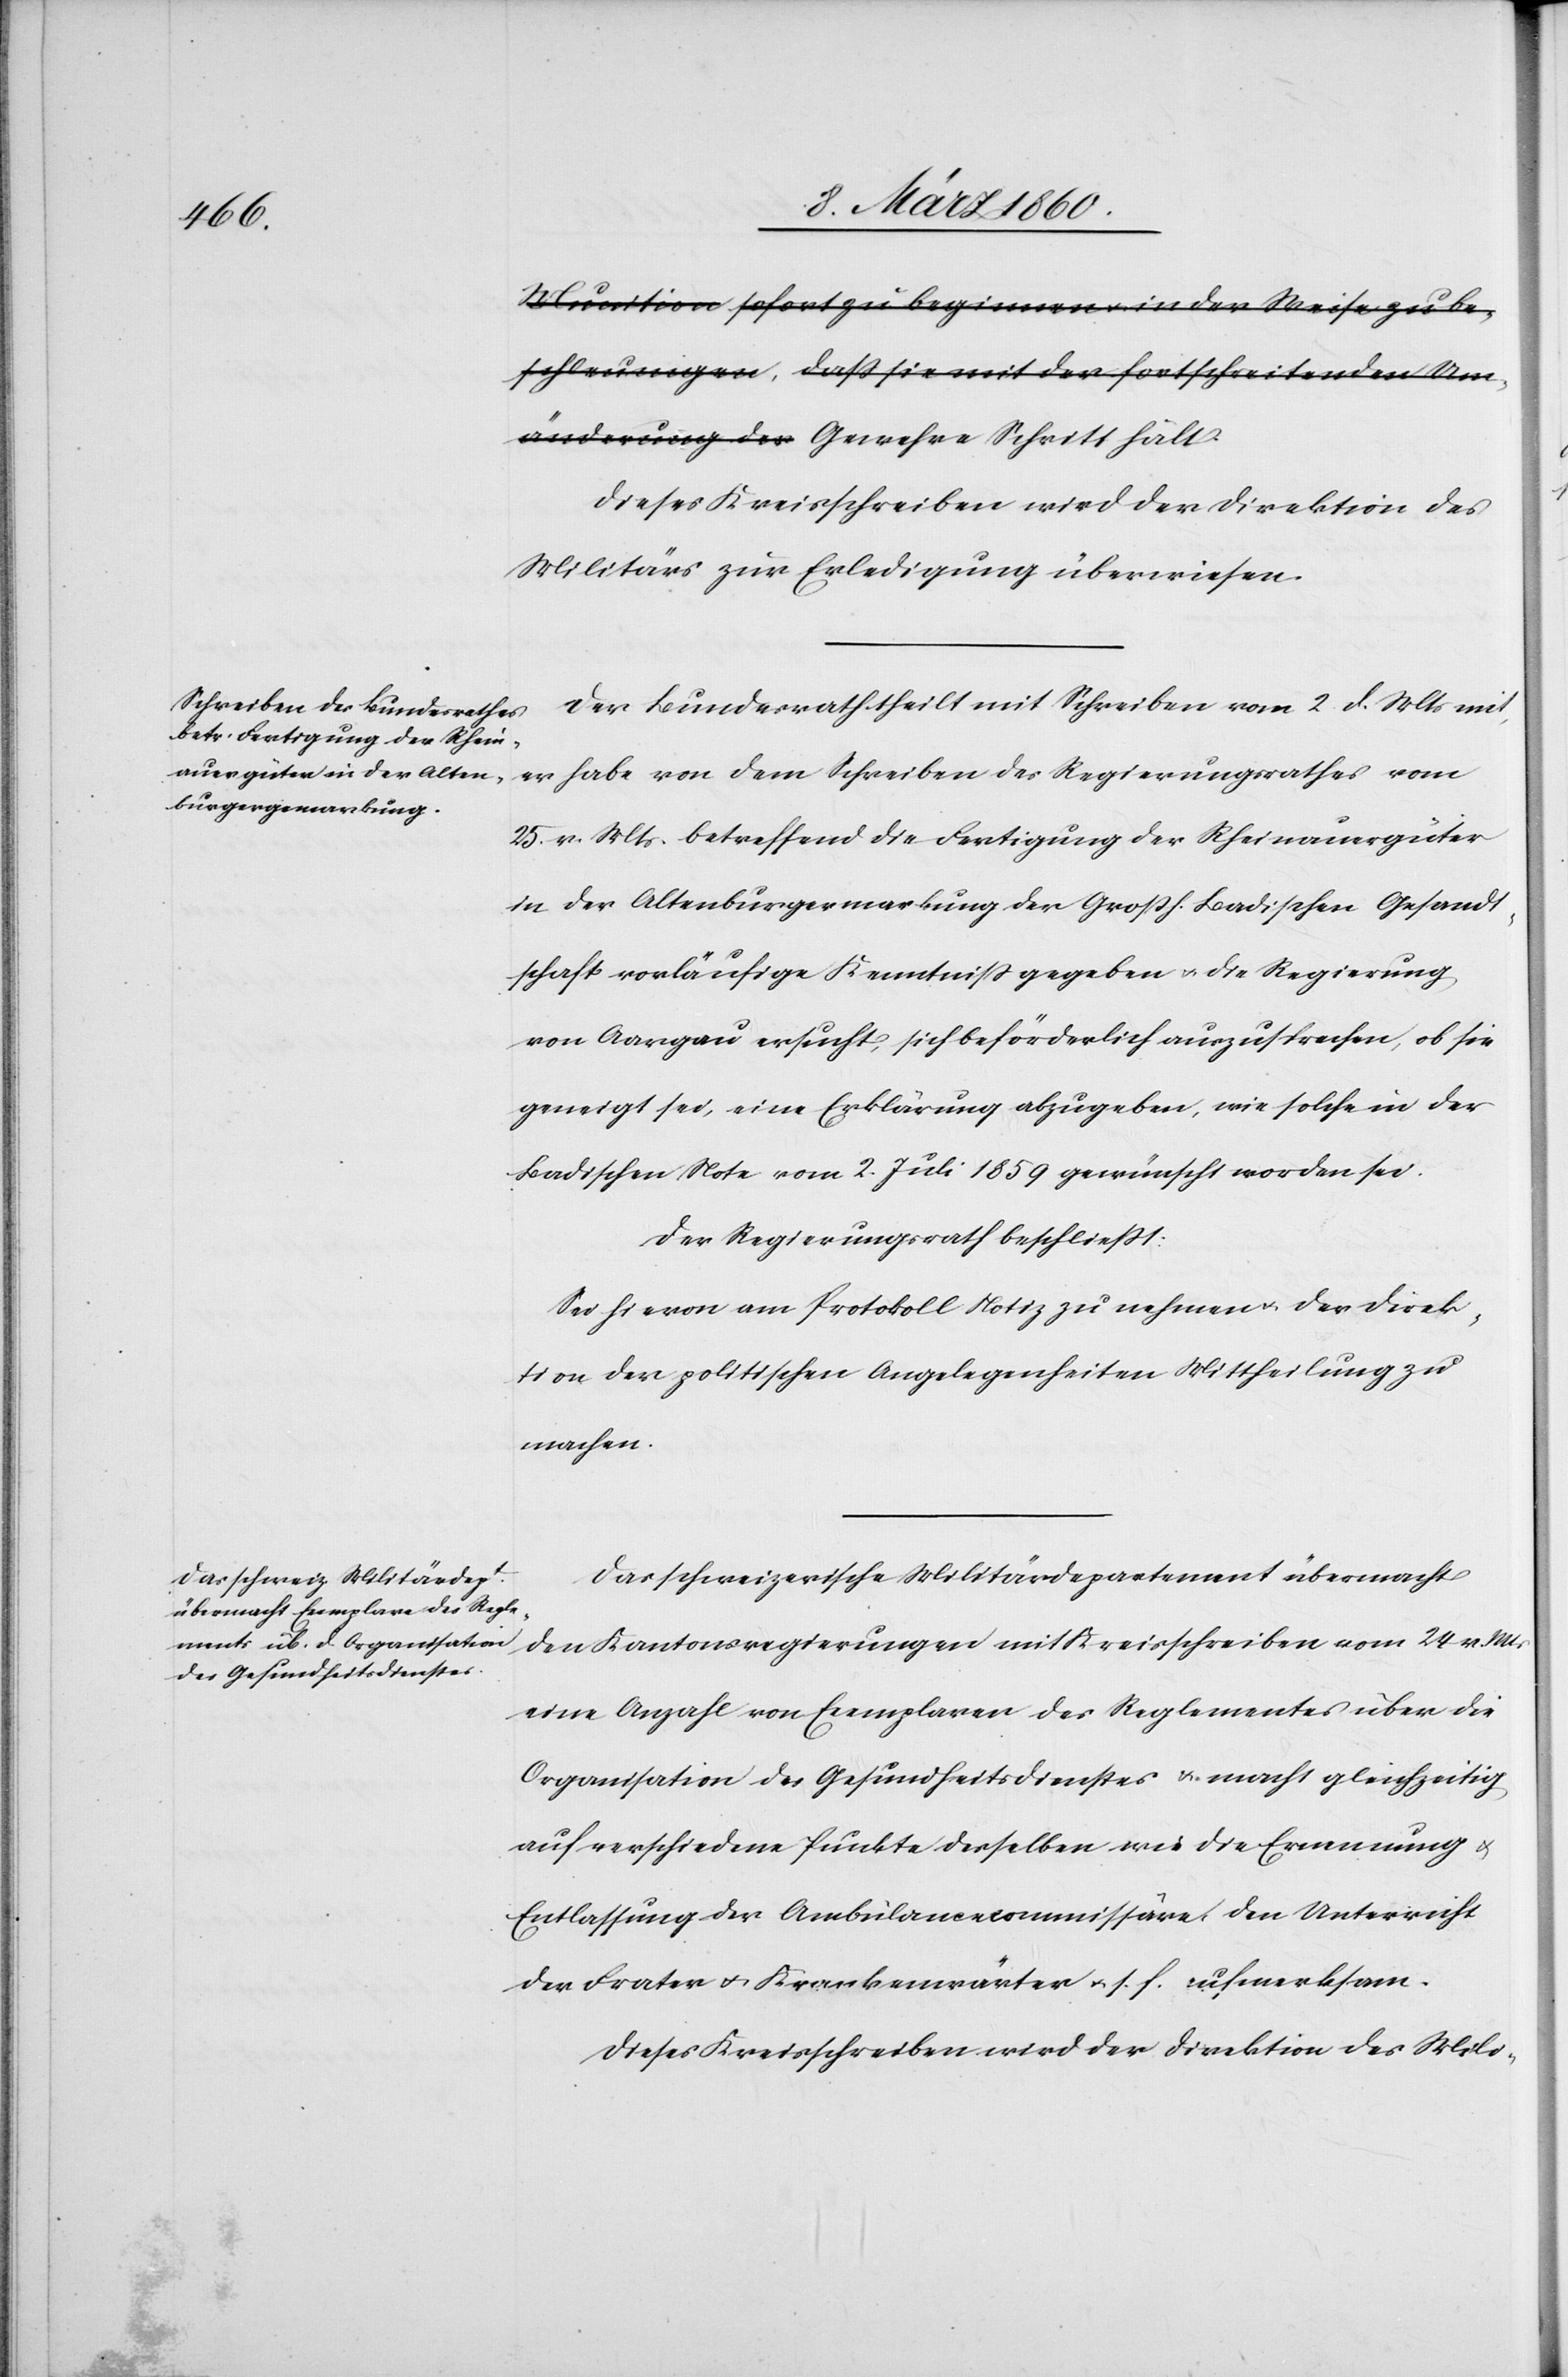
Dieses Kreisschreiben wird der Direktion des
Militärs zur Erledigung überwiesen.
Der Bundesrath theilt mit Schreiben vom 2. d. Mts. mit,
er habe von dem Schreiben des Regierungsrathes vom
25. v. Mts. betreffend die Fertigung der Rheinauergüter
in der Altenburgermarkung der Grossh. Badischen Gesandt¬
schaft vorläufige Kenntniß gegeben u. die Regierung
von Aargau ersucht, sich beförderlich auszusprechen, ob sie
geneigt sei, eine Erklärung abzugeben, wie solche in der
Badischen Note vom 2. Juli 1859 gewünscht worden sei.
Der Regierungsrath beschliesst:
Sie hievon am Protokoll Notiz zu nehmen u. der Direk¬
tion der politischen Angelegenheiten Mittheilung zu
machen.
Das schweizerische Militärdepartement übermacht
den Kantonsregierungen mit Kreisschreiben vom 24. v. Mts.
eine Anzahl von Exemplaren des Reglementes über die
Organisation des Gesundheitsdienstes u. macht gleichzeitig
auf verschiedene Punkte derselben wie die Ernennung u.
Entlassung der Ambulancecommissäre den Unterricht
der Frater u. Krankenwärter u. s. f. aufmerksam.
Dieses Kreisschreiben wird der Direktion des Mili-